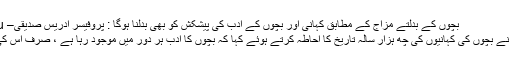
بچوں کے بدلتے مزاج کے مطابق کہانی اور بچوں کے ادب کی پیشکش کو بھی بدلنا ہوگا : پروفیسر ادریس صدیقی– Urdu News | News18 Urdu
مشہور ادیب پروفیسر ادریس صدیقی نے بچوں کی کہانیوں کی چھ ہزار سالہ تاریخ کا احاطہ کرتے ہوئے کہا کہ بچوں کا ادب ہر دور میں موجود رہا ہے ، صرف اس کی شکل اور پیش کش بدلتی رہی ہے ۔